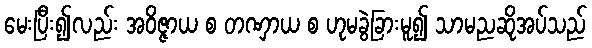
မေးပြီး၍လည်း အဝိဇ္ဇာယ စ တဏှာယ စ ဟုမခွဲခြားမူ၍ သာမညဆိုအပ်သည်